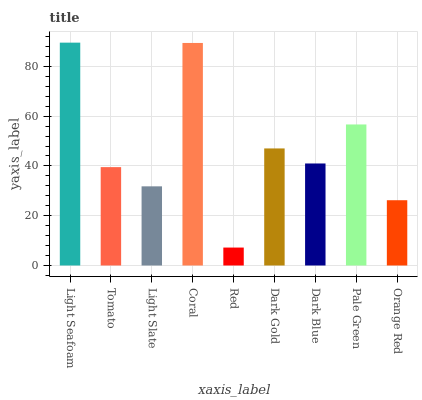
| xaxis_label | bars |
 | --- | --- |
 | Light Seafoam | 89.5 |
 | Tomato | 39.5 |
 | Light Slate | 31.8 |
 | Coral | 89.4 |
 | Red | 7.21 |
 | Dark Gold | 47 |
 | Dark Blue | 41 |
 | Pale Green | 56.7 |
 | Orange Red | 26.2 |